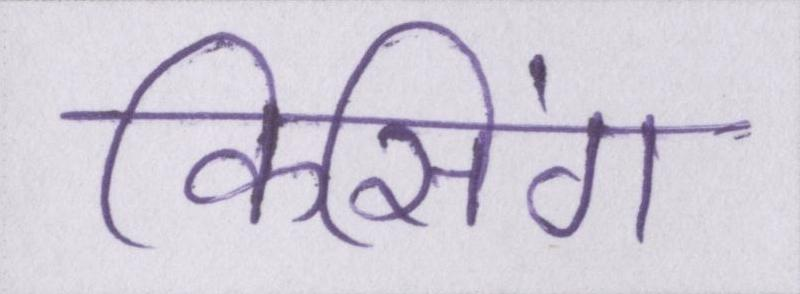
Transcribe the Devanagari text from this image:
किसिंग